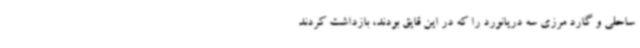
ساحلی و گارد مرزی سه دریانورد را که در این قایق بودند، بازداشت کردند